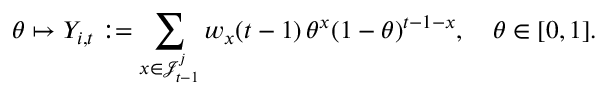
\theta \mapsto Y _ { i , t } : = \sum _ { x \in \mathcal { J } _ { t - 1 } ^ { j } } w _ { x } ( t - 1 ) \, \theta ^ { x } ( 1 - \theta ) ^ { t - 1 - x } , \quad \theta \in [ 0 , 1 ] .